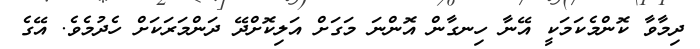
ދިމާވާ ކޮންމެކަމަކީ އޭނާ ހިނގާން އޮންނަ މަގަށް އަލިކޮށްދޭ ދަންމަރަކަށް ހެދުމެވެ. އޭގެ